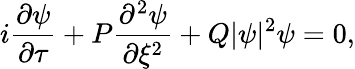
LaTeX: i\frac{\partial\psi}{\partial\tau}+P\frac{\partial^{2}\psi}{\partial\xi^{2}}+Q|\psi|^{2}\psi=0,